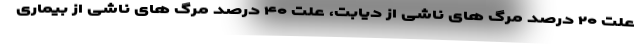
علت ۲۰ درصد مرگ های ناشی از دیابت، علت ۴۰ درصد مرگ های ناشی از بیماری